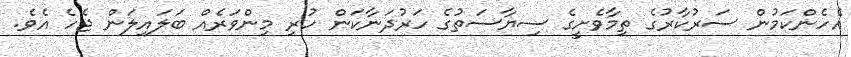
އެހެންކަމުން ސަރުކާރުގެ ތިމާވެށީގެ ސިޔާސަތުގެ ހަރުދަނާކަން ހުރި މިންވަރެއް ބަލައިލަން ޖެހެ އެވެ.